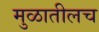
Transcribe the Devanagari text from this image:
मुळातीलच